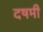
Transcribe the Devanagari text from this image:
दषमी